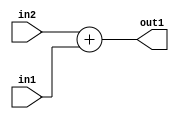
`timescale 1ps / 1ps
/*****************************************************************************
    Verilog RTL Description
    
    
    Created by: Stratus DpOpt 2019.1.01 
*******************************************************************************/

module SobelFilter_Add_19Ux16U_19U_4 (
	in2,
	in1,
	out1
	); /* architecture "behavioural" */ 
input [18:0] in2;
input [15:0] in1;
output [18:0] out1;
wire [18:0] asc001;

assign asc001 = 
	+(in2)
	+(in1);

assign out1 = asc001;
endmodule

/* CADENCE  ubH4TgA= : u9/ySgnWtBlWxVPRXgAZ4Og= ** DO NOT EDIT THIS LINE ******/